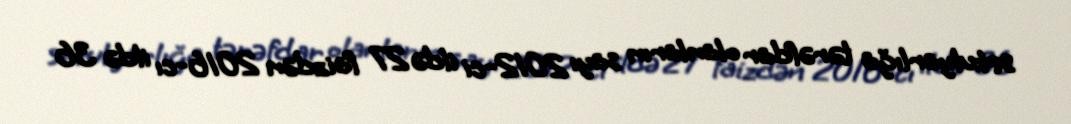
sekulyarlığa tərəfdar olanların sayı 2012-ci ildə 27 faizdən 2016-cı ildə 36